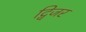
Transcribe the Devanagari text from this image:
द्विजर